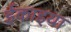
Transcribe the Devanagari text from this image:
ईकाइया